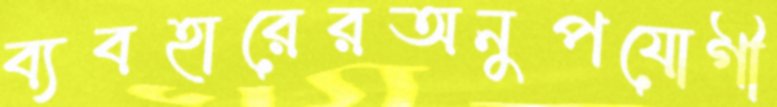
ব্যবহারেরঅনুপযোগী